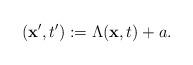
LaTeX: \begin{align*}({\bf x}' ,t') := \Lambda ({\bf x} ,t ) + a .\end{align*}